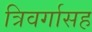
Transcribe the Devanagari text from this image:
त्रिवर्गासह